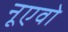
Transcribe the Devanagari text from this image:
नूएवो